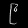
Digit: ၉